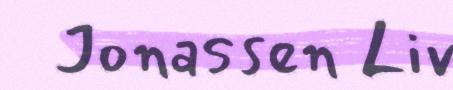
Jonassen Liv